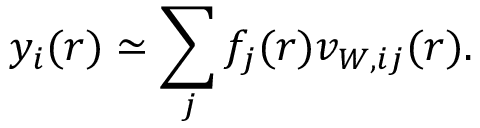
y _ { i } ( r ) \simeq \sum _ { j } f _ { j } ( r ) v _ { W , i j } ( r ) .